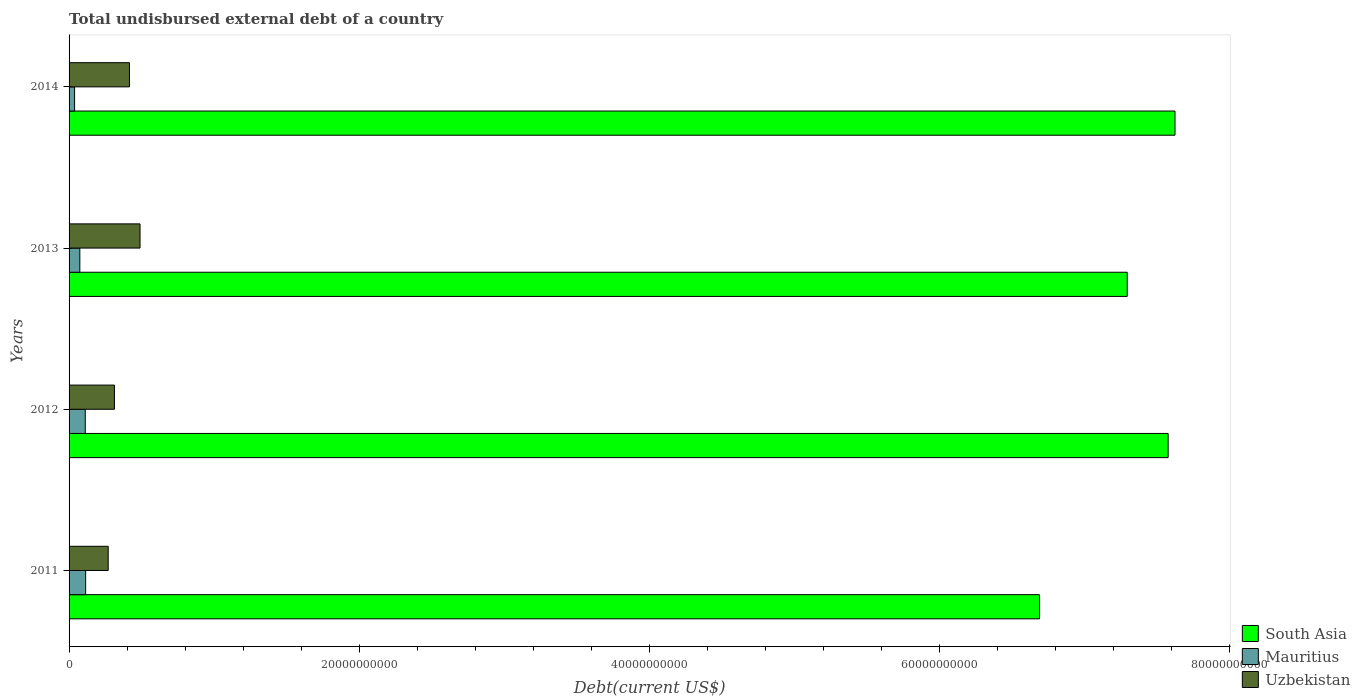
| Years | South Asia | Mauritius | Uzbekistan |
 | --- | --- | --- | --- |
 | 2011 | 6.69e+10 | 1.14e+09 | 2.7e+09 |
 | 2012 | 7.58e+10 | 1.12e+09 | 3.13e+09 |
 | 2013 | 7.3e+10 | 7.41e+08 | 4.89e+09 |
 | 2014 | 7.62e+10 | 3.81e+08 | 4.16e+09 |